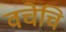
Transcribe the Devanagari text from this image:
वचेचि